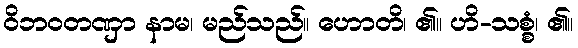
ဝိဘဝတဏှာ နာမ၊ မည်သည်။ ဟောတိ၊ ၏။ ဟိ-သစ္စံ၊ ၏။